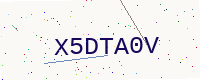
Text: X5DTA0V